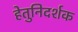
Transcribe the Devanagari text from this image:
हेतुनिदर्शक